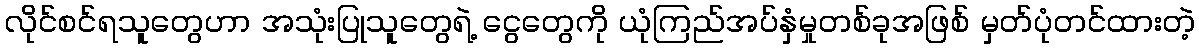
လိုင်စင်ရသူတွေဟာ အသုံးပြုသူတွေရဲ့ ငွေတွေကို ယုံကြည်အပ်နှံမှုတစ်ခုအဖြစ် မှတ်ပုံတင်ထားတဲ့